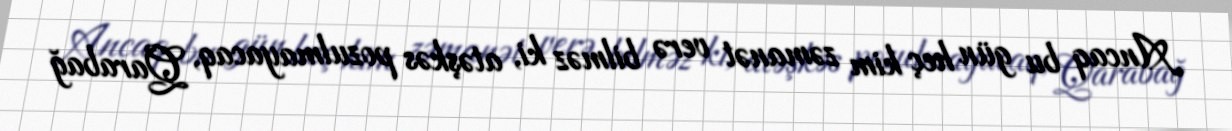
Ancaq bu gün heç kim zəmanət verə bilməz ki, atəşkəs pozulmayacaq, Qarabağ